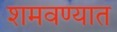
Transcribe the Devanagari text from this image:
शमवण्यात